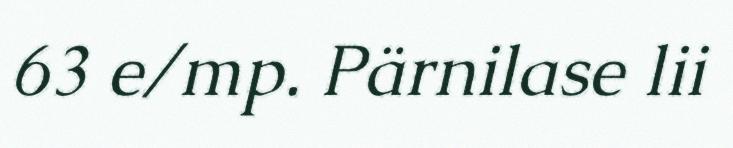
63 e/mp. Pärnilase lii